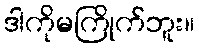
ဒါကိုမကြိုက်ဘူး။